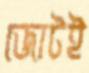
জোটই